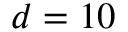
d = 1 0